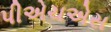
પીએચએસ